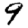
Digit: 9